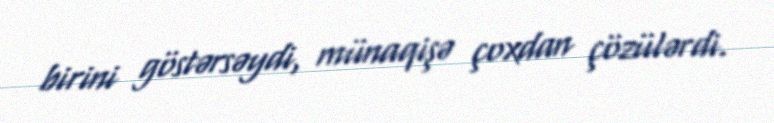
birini göstərsəydi, münaqişə çoxdan çözülərdi.